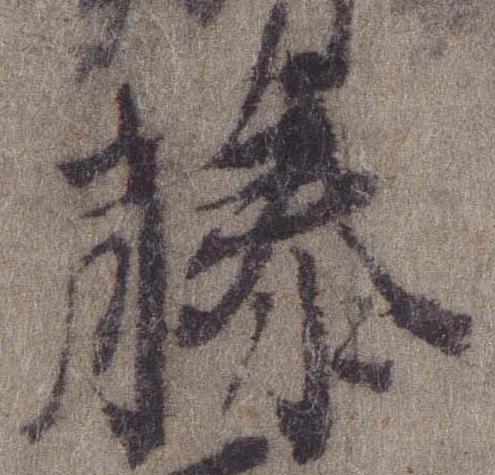
藤